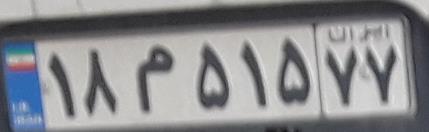
۱۸م۵۱۵۷۷